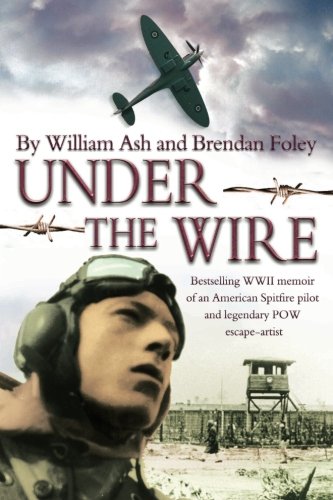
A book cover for Under the Wire: The bestselling memoir of an American Spitfire pilot and legendary POW escaper; Willam Ash; History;